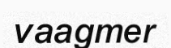
vaagmer